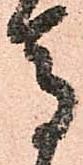
馬